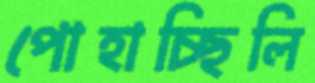
পোহাচ্ছিলি